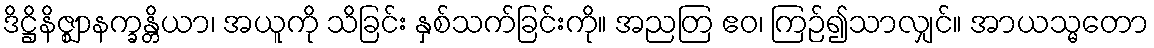
ဒိဋ္ဌိနိဇ္ဈာနက္ခန္တိယာ၊ အယူကို သိခြင်း နှစ်သက်ခြင်းကို။ အညတြ ဧဝ၊ ကြဉ်၍သာလျှင်။ အာယသ္မတော